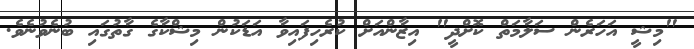
"މިޝީ އަހަރެން ސަލާމަތް ކޮށްދީ" އިޒާންއަށް ކުރެހިފައިވާ އަޑަކުން މިޝްކާގެ ގާތުގައި ބުނެވުނެވެ.